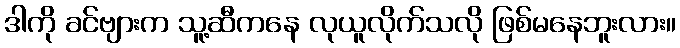
ဒါကို ခင်ဗျားက သူ့ဆီကနေ လုယူလိုက်သလို ဖြစ်မနေဘူးလား။